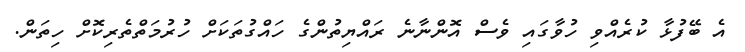
އެ ބޭފުޅާ ކުރެއްވި ހުވާގައި ވެސް އޮންނާނެ ރައްޔިތުންގެ ހައްގުތަކަށް ހުރުމަތްތެރިކޮށް ހިތަން.